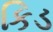
કિડ